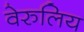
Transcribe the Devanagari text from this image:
वेरुलिय